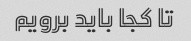
تا کجا باید برویم